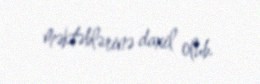
məktəblərinə daxil olub.